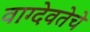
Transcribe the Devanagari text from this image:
वाग्देवतेचे